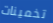
تخمينات